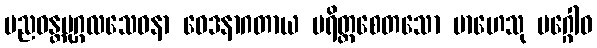
ပညဝန္တပုဂ္ဂလသေဝနာ ဝေဒနာဂတာယ ပရိတ္တစေတသော မာဟေသု မဂ္ဂေါဝ